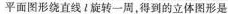
平面图形绕直线旋转一周，得到的立体图形是